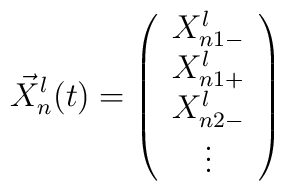
{\vec{X}}_{n}^{l}(t)=\left(\begin{array}{c}X_{n1-}^{l} \\X_{n1+}^{l} \\X_{n2-}^{l} \\\vdots\end{array}\right)